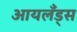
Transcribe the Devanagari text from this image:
आयलँड्स